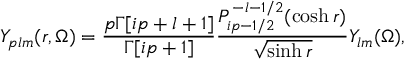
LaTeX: Y _ { p l m } ( r , \Omega ) = \frac { p \Gamma [ i p + l + 1 ] } { \Gamma [ i p + 1 ] } \frac { P _ { i p - 1 / 2 } ^ { - l - 1 / 2 } ( \cosh r ) } { \sqrt { \sinh r } } Y _ { l m } ( \Omega ) ,